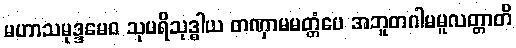
မဟာသမုဒ္ဒမေဝ သုပရိသုဒ္ဓါယ တဏှာမမတ္တံပေ အဘူတဂါမမူလတ္တာတိ